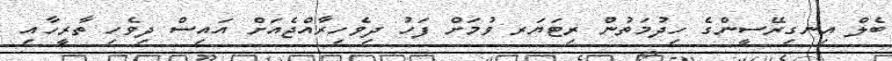
ބެލް އިނގިރޭސީންގެ ހިދުމަތުން ރިޓަޔަރ ވުމަށް ފަހު ދިވެހިރާއްޖެއަށް އައިސް ދިވެހި ތާރީހާއި